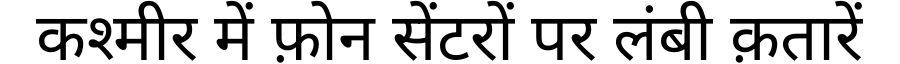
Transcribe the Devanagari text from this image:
कश्मीर में फ़ोन सेंटरों पर लंबी क़तारें